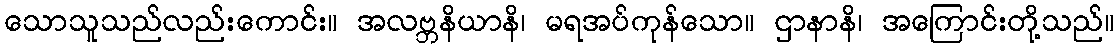
သောသူသည်လည်းကောင်း။ အလဗ္ဘနိယာနိ၊ မရအပ်ကုန်သော။ ဌာနာနိ၊ အကြောင်းတို့သည်။